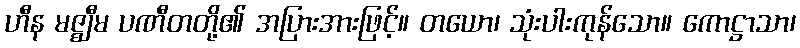
ဟီန မဇ္ဈီမ ပဏီတတို့၏ အပြားအားဖြင့်။ တယော၊ သုံးပါးကုန်သော။ ကောဋ္ဌာသာ၊